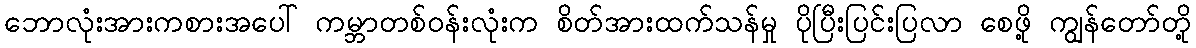
ဘောလုံးအားကစားအပေါ် ကမ္ဘာတစ်ဝန်းလုံးက စိတ်အားထက်သန်မှု ပိုပြီးပြင်းပြလာ စေဖို့ ကျွန်တော်တို့